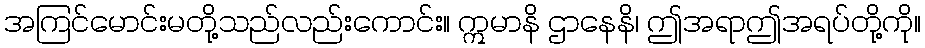
အကြင်မောင်းမတို့သည်လည်းကောင်း။ ဣမာနိ ဌာနေနိ၊ ဤအရာဤအရပ်တို့ကို။